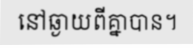
នៅឆ្ងាយពីគ្នាបាន។